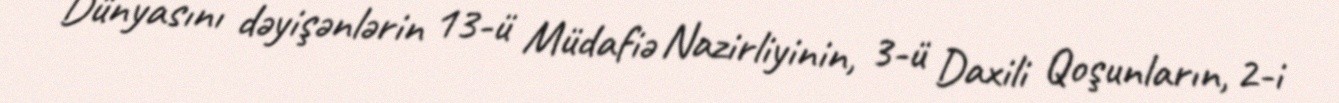
Dünyasını dəyişənlərin 13-ü Müdafiə Nazirliyinin, 3-ü Daxili Qoşunların, 2-i